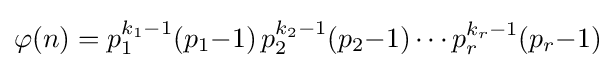
\varphi (n)=p_{1}^{k_{1}-1}(p_{1}{-}1)\,p_{2}^{k_{2}-1}(p_{2}{-}1)\cdots p_{r}^{k_{r}-1}(p_{r}{-}1)